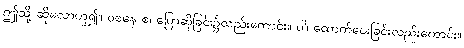
ဤသို့ ဆိုလောဟူ၍။ ဝစနေ စ၊ ပြောဆိုခြင်း၌လည်းကောင်း။ ပါ၊ ထောက်ပေးခြင်းလည်းကောင်း။